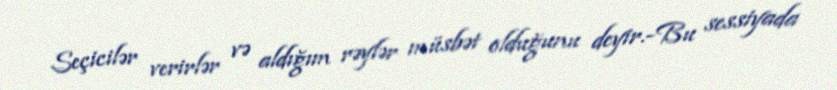
Seçicilər verirlər və aldığım rəylər müsbət olduğunu deyir.-Bu sessiyada